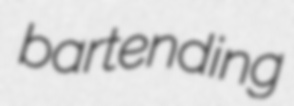
bartending